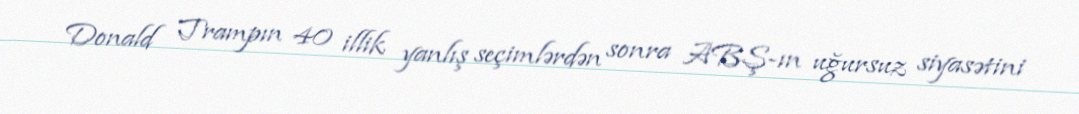
Donald Trampın 40 illik yanlış seçimlərdən sonra ABŞ-ın uğursuz siyasətini